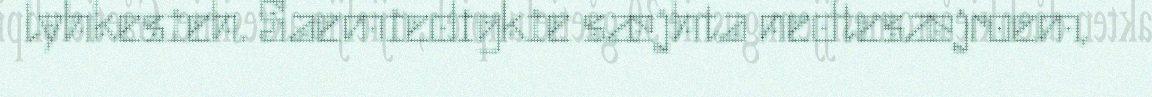
lyhkesieh. Saemiedigkie sæjhta nedtesæjroem,